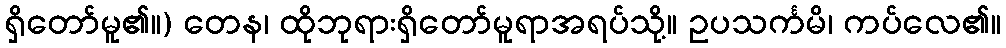
ရှိတော်မူ၏။) တေန၊ ထိုဘုရားရှိတော်မူရာအရပ်သို့။ ဥပသင်္ကမိ၊ ကပ်လေ၏။